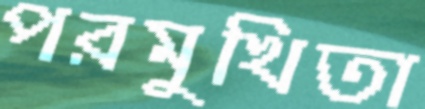
পরমুখিতা